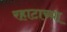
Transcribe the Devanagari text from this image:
रहाटाच्या